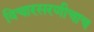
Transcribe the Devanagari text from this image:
विचारसरणीचाच